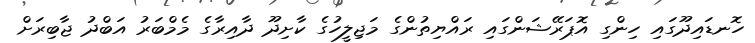
ހޮނޑައިދޫގައި ހިންގި އޮޕަރޭޝަންގައި ރައްޔިތުންގެ މަޖިލީހުގެ ކާށިދޫ ދާއިރާގެ މެމްބަރު އަބްދު ޖާބިރަށް